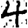
Digit: 4